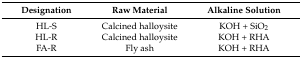
<table><thead><tr><td><b>Designation</b></td><td><b>Raw Material</b></td><td><b>Alkaline Solution</b></td></tr></thead><tbody><tr><td>HL-S</td><td>Calcined halloysite</td><td>KOH + SiO<sub>2</sub></td></tr><tr><td>HL-R</td><td>Calcined halloysite</td><td>KOH + RHA</td></tr><tr><td>FA-R</td><td>Fly ash</td><td>KOH + RHA</td></tr></tbody></table>